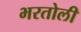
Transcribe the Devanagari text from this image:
भरतोली